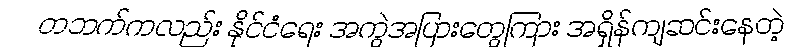
တဘက်ကလည်း နိုင်ငံရေး အကွဲအပြားတွေကြား အရှိန်ကျဆင်းနေတဲ့